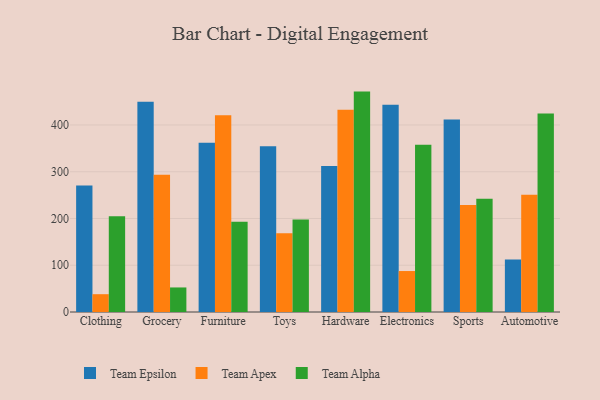
{"axis": {"x": "Category", "y": "Backlog"}, "legend": ["Team Alpha", "Team Apex", "Team Epsilon"], "data": [{"x": "Clothing", "y": 270.5, "type": "Team Epsilon"}, {"x": "Clothing", "y": 38.1, "type": "Team Apex"}, {"x": "Clothing", "y": 204.9, "type": "Team Alpha"}, {"x": "Grocery", "y": 449.6, "type": "Team Epsilon"}, {"x": "Grocery", "y": 293.8, "type": "Team Apex"}, {"x": "Grocery", "y": 52.5, "type": "Team Alpha"}, {"x": "Furniture", "y": 361.9, "type": "Team Epsilon"}, {"x": "Furniture", "y": 420.9, "type": "Team Apex"}, {"x": "Furniture", "y": 193.1, "type": "Team Alpha"}, {"x": "Toys", "y": 354.5, "type": "Team Epsilon"}, {"x": "Toys", "y": 168.2, "type": "Team Apex"}, {"x": "Toys", "y": 197.9, "type": "Team Alpha"}, {"x": "Hardware", "y": 312.2, "type": "Team Epsilon"}, {"x": "Hardware", "y": 432.5, "type": "Team Apex"}, {"x": "Hardware", "y": 471.4, "type": "Team Alpha"}, {"x": "Electronics", "y": 443.1, "type": "Team Epsilon"}, {"x": "Electronics", "y": 87.6, "type": "Team Apex"}, {"x": "Electronics", "y": 357.7, "type": "Team Alpha"}, {"x": "Sports", "y": 411.5, "type": "Team Epsilon"}, {"x": "Sports", "y": 228.6, "type": "Team Apex"}, {"x": "Sports", "y": 242.0, "type": "Team Alpha"}, {"x": "Automotive", "y": 112.2, "type": "Team Epsilon"}, {"x": "Automotive", "y": 250.9, "type": "Team Apex"}, {"x": "Automotive", "y": 424.5, "type": "Team Alpha"}]}